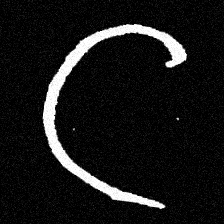
Pyu character \u2014 Myanmar letter: ဋ (romanized: tta)